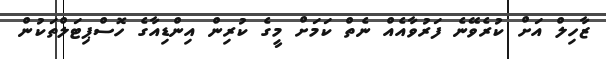
ޒާހިލް އަށް ކުރެވޭނެ ފަރުވާއެއް ނެތް ކަމަށް މީގެ ކުރިން އިންޑިއާގެ ހޮސްޕިޓަލްތަކުން